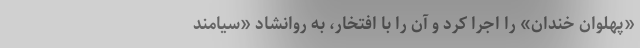
«پهلوان خندان» را اجرا کرد و آن را با افتخار، به روانشاد «سیامند